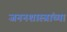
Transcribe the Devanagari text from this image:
जननशास्त्रांच्या